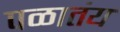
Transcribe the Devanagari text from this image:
पळातंय